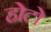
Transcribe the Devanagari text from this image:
होटो